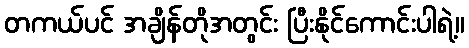
တကယ်ပင် အချိန်တိုအတွင်း ပြီးနိုင်ကောင်းပါရဲ့။